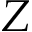
Z